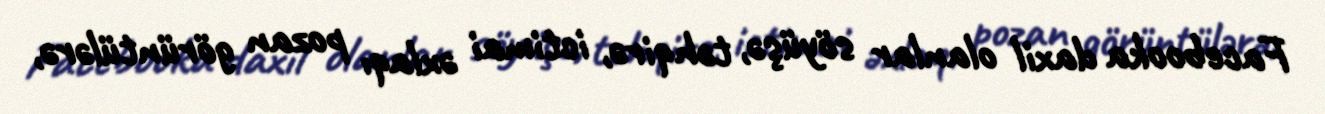
Facebooka daxil olanlar söyüşə, təhqirə, ictimai əxlaqı pozan görüntülərə,